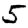
Digit: 5